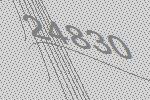
24830